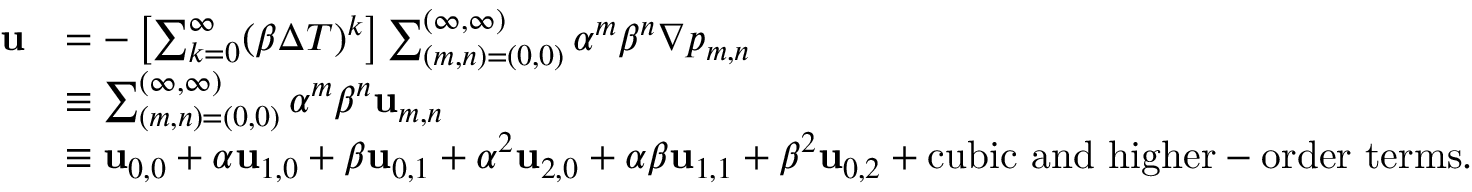
\begin{array} { r l } { \mathbf { u } } & { = - \left[ \sum _ { k = 0 } ^ { \infty } ( \beta \Delta T ) ^ { k } \right] \sum _ { ( m , n ) = ( 0 , 0 ) } ^ { ( \infty , \infty ) } \alpha ^ { m } \beta ^ { n } \nabla p _ { m , n } } \\ & { \equiv \sum _ { ( m , n ) = ( 0 , 0 ) } ^ { ( \infty , \infty ) } \alpha ^ { m } \beta ^ { n } \mathbf { u } _ { m , n } } \\ & { \equiv \mathbf { u } _ { 0 , 0 } + \alpha \mathbf { u } _ { 1 , 0 } + \beta \mathbf { u } _ { 0 , 1 } + \alpha ^ { 2 } \mathbf { u } _ { 2 , 0 } + \alpha \beta \mathbf { u } _ { 1 , 1 } + \beta ^ { 2 } \mathbf { u } _ { 0 , 2 } + \mathrm { c u b i c ~ a n d ~ h i g h e r - o r d e r ~ t e r m s } . } \end{array}